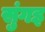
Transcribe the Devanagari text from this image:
सुंगइ